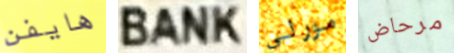
هايفن BANK مورلي مرحاض